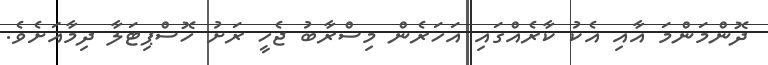
ދޮންމަންމަ އާއި އެކު ކާރެއްގައި އަހަރެން މިސްރާބު ޖެހީ ރަށު ހޮސްޕިޓަލާ ދިމާއަށެވެ.